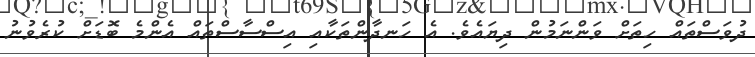
ދުވަސްތައް ހިތަށް ވަންނަމުން ދިޔައެވެ. އެ ހަނދާންތަކާއި އިސްސާސްތައް އެންމެ ބޮޑަށް ކުރެވުނު